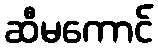
ဆီမကောင်